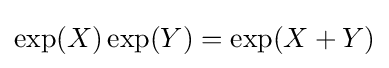
\exp(X)\exp(Y)=\exp(X+Y)